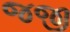
જજી